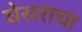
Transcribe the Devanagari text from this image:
घेसराचा